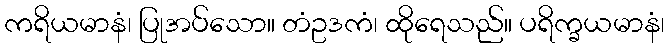
ကရိယမာနံ၊ ပြုအပ်သော။ တံဥဒကံ၊ ထိုရေသည်။ ပရိက္ခယမာနံ၊